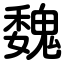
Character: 魏